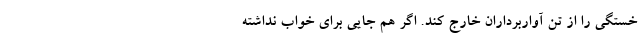
خستگی را از تنِ آواربرداران خارج کند. اگر هم جایی برای خواب نداشته